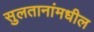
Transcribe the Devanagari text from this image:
सुलतानांमधील